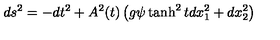
d s ^ { 2 } = - d t ^ { 2 } + A ^ { 2 } ( t ) \left( g \psi \tanh ^ { 2 } t d x _ { 1 } ^ { 2 } + d x _ { 2 } ^ { 2 } \right)